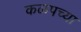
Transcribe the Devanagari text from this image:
कळपच्या